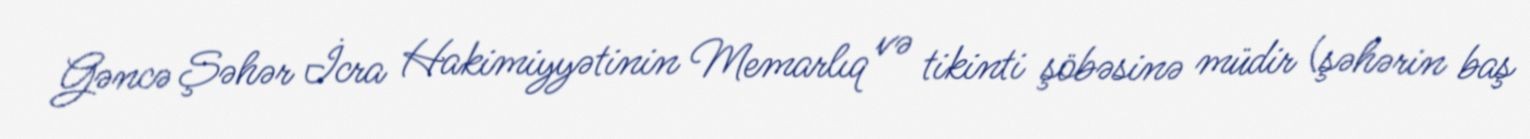
Gəncə Şəhər İcra Hakimiyyətinin Memarlıq və tikinti şöbəsinə müdir (şəhərin baş